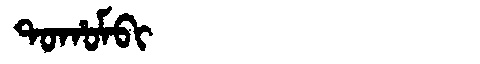
Manchu: ᡨᠣᡥᠣᠮᠪᡳ
Romanization: TOHOMBI